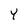
Character: Y